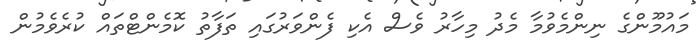
މައުމޫންގެ ނިންމެވުމާ މެދު މިހާރު ވެސް އެކި ފެންވަރުގައި ތަފާތު ކޮމެންޓްތައް ކުރެވެމުން